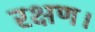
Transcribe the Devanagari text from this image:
रक्षण।